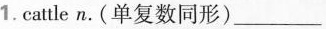
1. cattle n.(单复数同形) ___